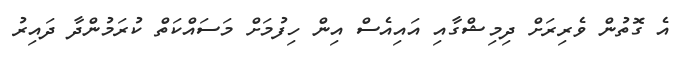
އެ ގޮތުން ވެރިރަށް ދިމިޝްގާއި އައިއެސް އިން ހިފުމަށް މަސައްކަތް ކުރަމުންދާ ދައިރު